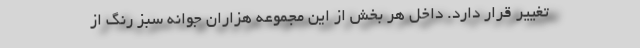
تغییر قرار دارد. داخل هر بخش از این مجموعه هزاران جوانه سبز رنگ از